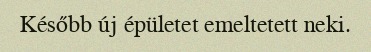
Később új épületet emeltetett neki.